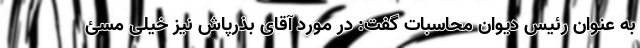
به عنوان رئیس دیوان محاسبات گفت: در مورد آقای بذرپاش نیز خیلی مسئ